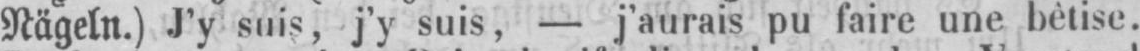
Nägeln.) J’y suis, j’y suis, - j’aurais pu faire une bêtise.